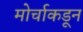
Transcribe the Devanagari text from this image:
मोर्चाकडून